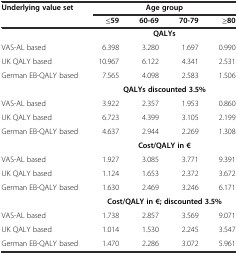
| Underlying value set | <COLSPAN=4> Age group |
 |  | ≤59 | 60-69 | 70-79 | ≥80 |
 | --- | --- | --- | --- | --- |
 |  | <COLSPAN=4> QALYs |
 | VAS-AL based | 6.398 | 3.280 | 1.697 | 0.990 |
 | UK QALY based | 10.967 | 6.122 | 4.341 | 2.531 |
 | German EB-QALY based | 7.565 | 4.098 | 2.583 | 1.506 |
 |  | <COLSPAN=4> QALYs discounted 3.5% |
 | VAS-AL based | 3.922 | 2.357 | 1.953 | 0.860 |
 | UK QALY based | 6.723 | 4.399 | 3.105 | 2.199 |
 | German EB-QALY based | 4.637 | 2.944 | 2.269 | 1.308 |
 |  | <COLSPAN=4> Cost/QALY in € |
 | VAS-AL based | 1.927 | 3.085 | 3.771 | 9.391 |
 | UK QALY based | 1.124 | 1.653 | 2.372 | 3.672 |
 | German EB-QALY based | 1.630 | 2.469 | 3.246 | 6.171 |
 |  | <COLSPAN=4> Cost/QALY in €; discounted 3.5% |
 | VAS-AL based | 1.738 | 2.857 | 3.569 | 9.071 |
 | UK QALY based | 1.014 | 1.530 | 2.245 | 3.547 |
 | German EB-QALY based | 1.470 | 2.286 | 3.072 | 5.961 |